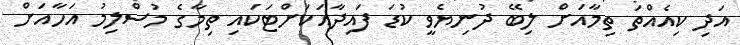
އަދި ކިއެއްތަ ތިމާއަށް ލިބޭ ދުނިޔެވީ ކުޑަ ފައިދާއަކަށްޓަކައި ތިމާގެ މުސްލިމު އަހާއަށް